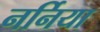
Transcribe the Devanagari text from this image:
नर्निया